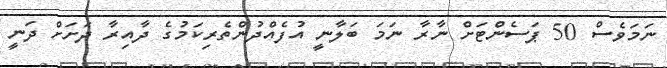
ނަމަވެސް 50 ޕަސެންޓަށް ނާރާ ނަމަ ބަލާނީ އުފެއްދުންތެރިކަމުގެ ދާއިރާ ދަށަށް ދަނީ